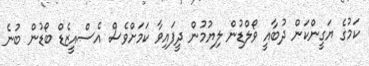
ކަމުގެ ޔަގީންކަން ދުބާއީ ވޯލްޑުން ލިޔުމުން ދީފައިވާ ކަމަށްވެސް އެސްއީޒެޑް ބޯޑުން ބުނެ